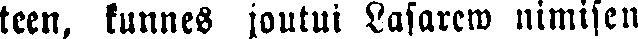
teen, kunnes joutui Lasarew nimisen